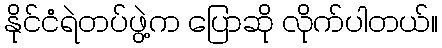
နိုင်ငံရဲတပ်ဖွဲ့က ပြောဆို လိုက်ပါတယ်။